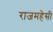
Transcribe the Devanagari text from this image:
राजमहेसी